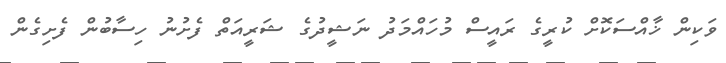
ވަކިން ޚާއްސަކޮށް ކުރީގެ ރައީސް މުހައްމަދު ނަޝީދުގެ ޝަރީއަތް ފެށުނު ހިސާބުން ފެށިގެން